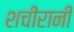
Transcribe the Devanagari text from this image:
शचीरानी